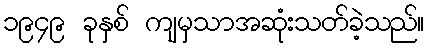
၁၉၄၉ ခုနှစ် ကျမှသာအဆုံးသတ်ခဲ့သည်။